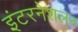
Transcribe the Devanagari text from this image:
इंटरनेशलन